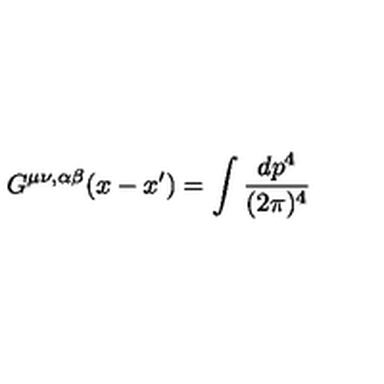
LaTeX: G ^ { \mu \nu , \alpha \beta } ( x - x ^ { \prime } ) = \int \frac { d p ^ { 4 } } { ( 2 \pi ) ^ { 4 } }